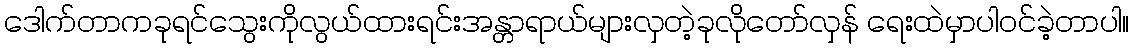
ဒေါက်တာကခုရင်သွေးကိုလွယ်ထားရင်းအန္တာရာယ်များလှတဲ့ခုလိုတော်လှန် ရေးထဲမှာပါဝင်ခဲ့တာပါ။